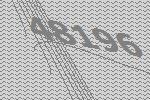
48196